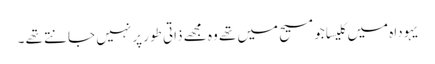
یہوداہ میں کلیسا جو مسیح میں تھے وہ مجھے ذاتی طور پر نہیں جانتے تھے ۔